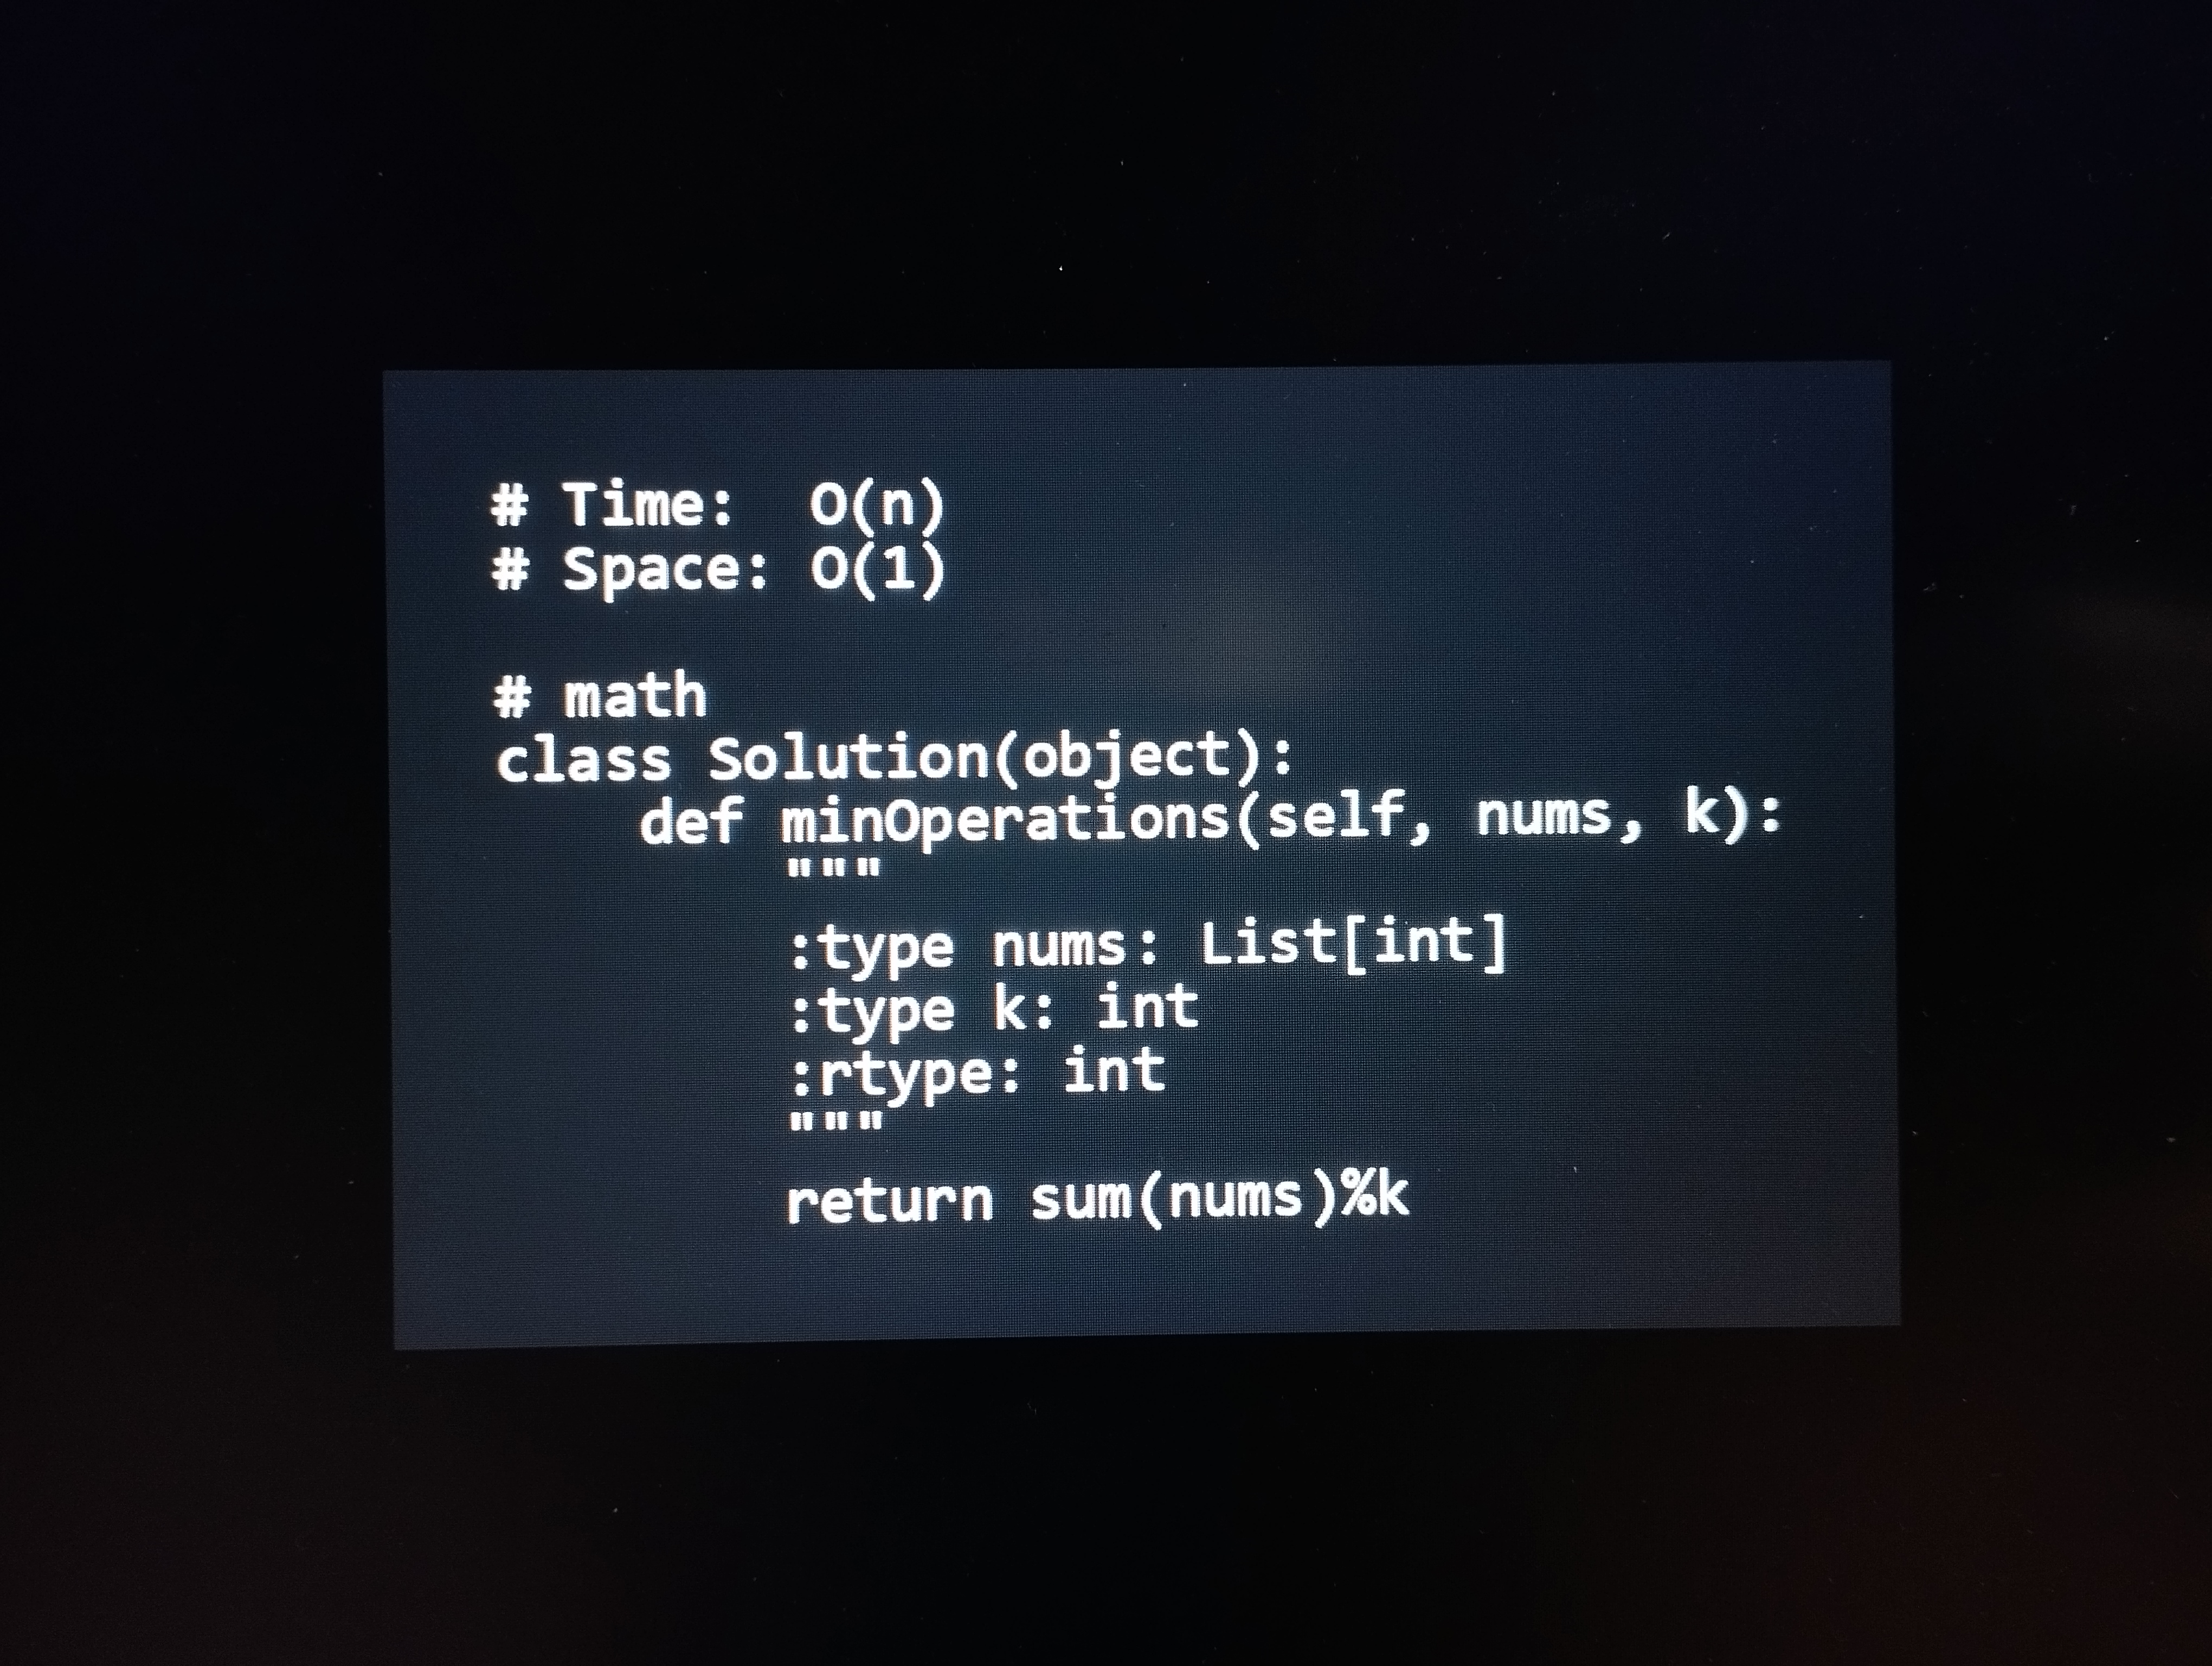
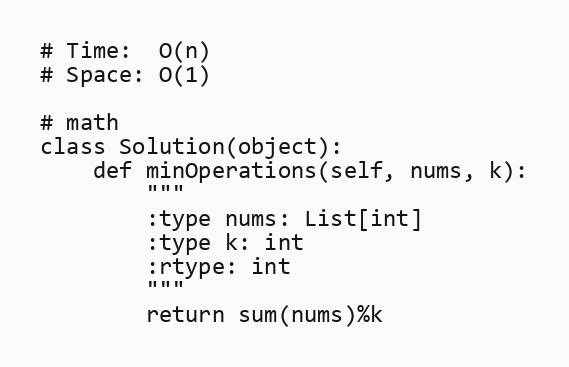
# Time:  O(n)
# Space: O(1)

# math
class Solution(object):
    def minOperations(self, nums, k):
        """
        :type nums: List[int]
        :type k: int
        :rtype: int
        """
        return sum(nums)%k